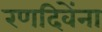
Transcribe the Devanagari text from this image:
रणदिवेंना